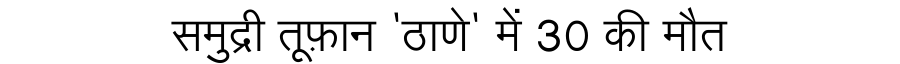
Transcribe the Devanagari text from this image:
समुद्री तूफ़ान 'ठाणे' में 30 की मौत